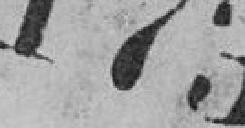
173